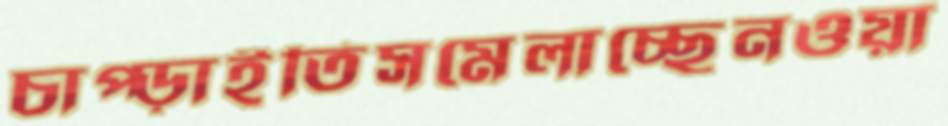
চাপ্‌ড়াইতিসমেলাচ্ছেনওয়া